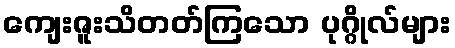
ကျေးဇူးသိတတ်ကြသော ပုဂ္ဂိုလ်များ